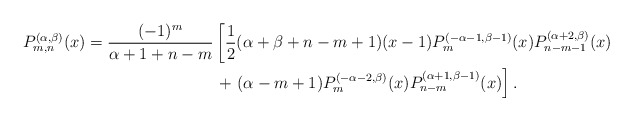
\begin{align*}P_{m,n}^{(\alpha,\beta)}(x)&=\frac{(-1)^m}{\alpha+1+n-m}\left[\frac{1}{2} ( \alpha+\beta +n-m+1)(x-1)P_{m}^{(-\alpha-1,\beta-1)}(x)P_{n-m-1}^{(\alpha+2,\beta)}(x)\right.\\&\qquad\qquad\qquad\qquad+\left.(\alpha -m +1)P_{m}^{(-\alpha-2,\beta)}(x)P_{n-m}^{(\alpha+1,\beta-1)}(x) \right].\end{align*}